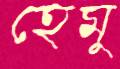
হেমু